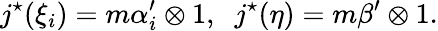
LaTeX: j^{\star}(\xi_{i})=m\alpha_{i}^{\prime}\otimes 1,\; \; j^{\star}(\eta)=m\beta^{\prime}\otimes 1.